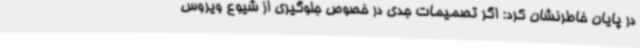
در پایان خاطرنشان کرد: اگر تصمیمات جدی در خصوص جلوگیری از شیوع ویروس